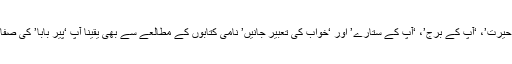
اس کے علاوہ ‘اعداد کی حیرت’، ‘آپ کے برج’، ‘آپ کے ستارے’ اور ‘خواب کی تعبیر جانیں’ نامی کتابوں کے مطالعے سے بھی یقیناً آپ ‘پیر بابا’ کی صفات حاصل کر سکتے ہیں۔